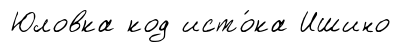
Юловка код исто́ка Ишино